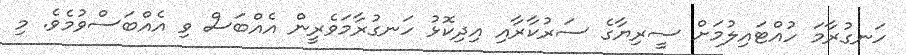
ހަނގުރާމަ ހުއްޓައިލުމަށް ސީރިޔާގެ ސަރުކާރާއި އިދިކޮޅު ހަނގުރާމަވެރީން އެއްބަސް ވި އެއްބަސްވުމެވެ. މި